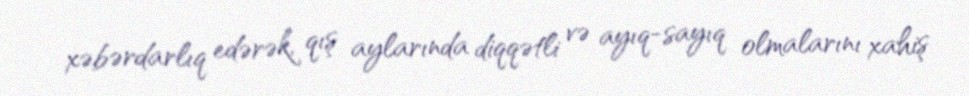
xəbərdarlıq edərək, qış aylarında diqqətli və ayıq-sayıq olmalarını xahiş